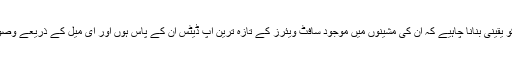
فورٹینیٹ کے عامر لاکھانی کا کہنا ہے کہ میک صارفین کو یقینی بنانا چاہیے کہ ان کی مشینوں میں موجود سافٹ ویئرز کے تازہ ترین اپ ڈیٹس ان کے پاس ہوں اور ای میل کے ذریعے وصول ہونے والے پیغامات کے بارے میں بھی وہ ہوشیار رہیں۔